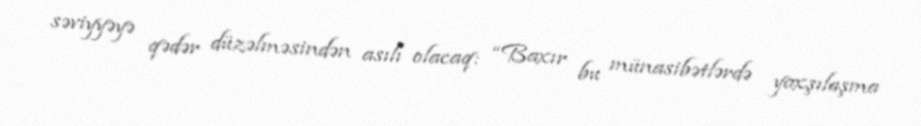
səviyyəyə qədər düzəlməsindən asılı olacaq: “Baxır bu münasibətlərdə yaxşılaşma